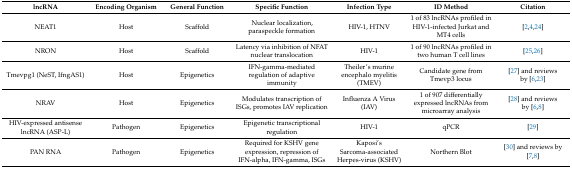
<table><thead><tr><td><b>lncRNA</b></td><td><b>Encoding Organism</b></td><td><b>General Function</b></td><td><b>Specific Function</b></td><td><b>Infection Type</b></td><td><b>ID Method</b></td><td><b>Citation</b></td></tr></thead><tbody><tr><td>NEAT1</td><td>Host</td><td>Scaffold</td><td>Nuclear localization, paraspeckle formation</td><td>HIV-1, HTNV</td><td>1 of 83 lncRNAs profiled in HIV-1-infected Jurkat and MT4 cells</td><td>[2,4,24]</td></tr><tr><td>NRON</td><td>Host</td><td>Scaffold</td><td>Latency via inhibition of NFAT nuclear translocation</td><td>HIV-1</td><td>1 of 90 lncRNAs profiled in two human T cell lines</td><td>[25,26]</td></tr><tr><td>Tmevpg1 (NeST, IfngAS1)</td><td>Host</td><td>Epigenetics</td><td>IFN-gamma-mediated regulation of adaptive immunity</td><td>Theiler’s murine encephalo myelitis (TMEV)</td><td>Candidate gene from Tmevp3 locus</td><td>[27] and reviews by [6,23]</td></tr><tr><td>NRAV</td><td>Host</td><td>Epigenetics</td><td>Modulates transcription of ISGs, promotes IAV replication</td><td>Influenza A Virus (IAV)</td><td>1 of 907 differentially expressed lncRNAs from microarray analysis</td><td>[28] and reviews by [6,8]</td></tr><tr><td>HIV-expressed antisense lncRNA (ASP-L)</td><td>Pathogen</td><td>Epigenetics</td><td>Epigenetic transcriptional regulation</td><td>HIV-1</td><td>qPCR</td><td>[29]</td></tr><tr><td>PAN RNA</td><td>Pathogen</td><td>Epigenetics</td><td>Required for KSHV gene expression, repression of IFN-alpha, IFN-gamma, ISGs</td><td>Kaposi’s Sarcoma-associated Herpes-virus (KSHV)</td><td>Northern Blot</td><td>[30] and reviews by [7,8]</td></tr></tbody></table>